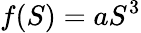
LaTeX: f(S)=aS^{3}